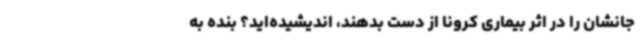
جانشان را در اثر بیماری کرونا از دست بدهند، اندیشیده‌اید؟ بنده به